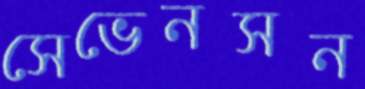
সেভেনসন